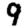
Digit: 9